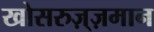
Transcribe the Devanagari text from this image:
खोसरुज़्ज़मान